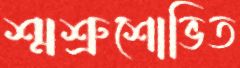
শ্মশ্রুশোভিত